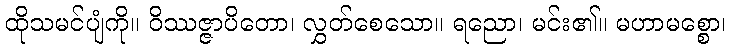
ထိုသမင်ပျံကို။ ဝိဿဇ္ဇာပိတော၊ လွှတ်စေသော။ ရညော၊ မင်း၏။ မဟာမစ္စော၊